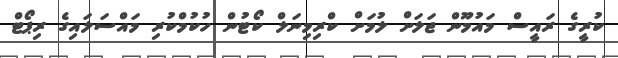
ކުރީގެ ރައީސް މައުމޫން ޖަލަށް ލުމަށް ކްރިމިނަލް ކޯޓުން ހުކުމްކުރި މައްސަލައިގެ ރިޕޯޓް